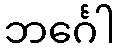
ဘင်္ဂေါ